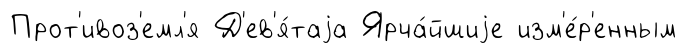
Прот'ивоз'емл'я Д'ев'я́таjа Ярча́йшиjе изм'е́р'енным